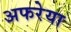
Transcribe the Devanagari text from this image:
अफरेया